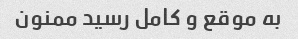
به موقع و کامل رسید ممنون